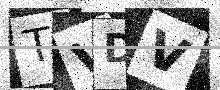
Text: TVDV